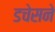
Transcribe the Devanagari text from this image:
डचेसने